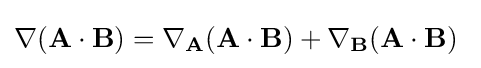
\nabla (\mathbf {A} \cdot \mathbf {B} )=\nabla _{\mathbf {A} }(\mathbf {A} \cdot \mathbf {B} )+\nabla _{\mathbf {B} }(\mathbf {A} \cdot \mathbf {B} )\